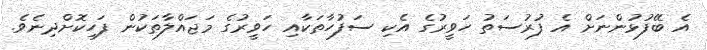
އެ ބޭފުޅުންނަށް އެ ފުރުސަތު ހަވީރުގެ އެކި ސަފުހާތަކާއި ހަވީރުގެ މަޖައްލާތަކުން ފަހިކޮށްދިނެވެ.